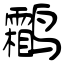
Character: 鹴